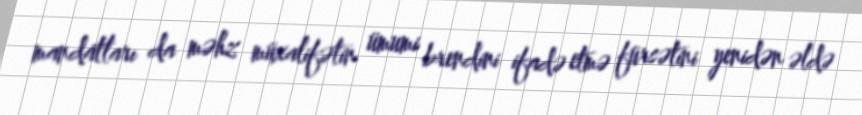
mandatları da məhz müxalifətin ümumi brendini ifadə etmə fürsətini yenidən əldə